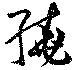
繞